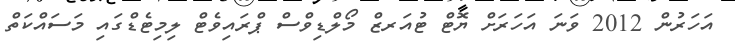
އަހަރުން 2012 ވަނަ އަހަރަށް ޔޮޓް ޓުއަރޒް މޯލްޑިވްސް ޕްރައިވެޓް ލިމިޓެޑްގައި މަސައްކަތް